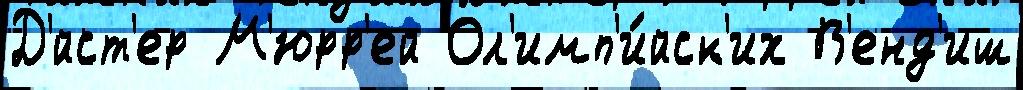
Д'́йст'ер М'юрр'ей Ол'имп'и́йск'их В'енд'иш